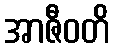
အာဇီဝတိ